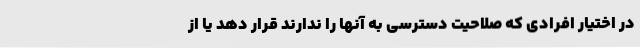
در اختیار افرادی که صلاحیت ‌دسترسی به آنها را ندارند قرار دهد یا از